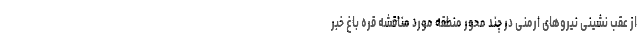
از عقب نشینی نیروهای ارمنی در چند محور منطقه مورد مناقشه قره باغ خبر